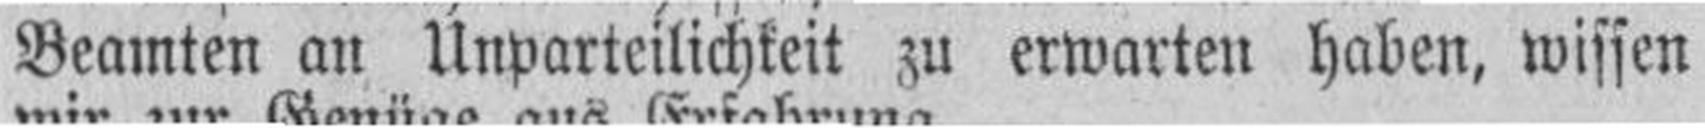
Beamten an Unparteilichkeit zu erwarten haben, wissen